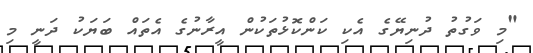
"މި ވަގުތު ދުނިޔޭގެ އެކި ކަންކޮޅުތަކުން އީރާނުގެ އެތައް ބަޔަކު ދަނީ މި